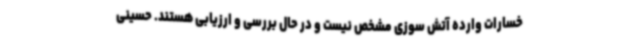
خسارات وارده آتش سوزی مشخص نیست و در حال بررسی و ارزیابی هستند. حسینی